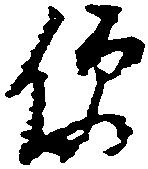
便